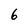
Character: 6